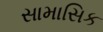
સામાસિક